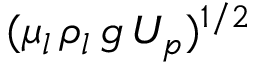
( \mu _ { l } \, \rho _ { l } \, g \, U _ { p } ) ^ { 1 / 2 }